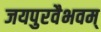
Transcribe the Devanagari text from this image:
जयपुरवैभवम्